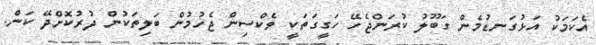
އެކަމަކު އަޅުގަނޑުމެން ގަބޫލު ކުރަންޖެހޭ ހަގީގަތަކީ ވެކްސިން ޖެހުމުން ބަލިތަކުން ދުރުކޮށްދޭ ކަން.